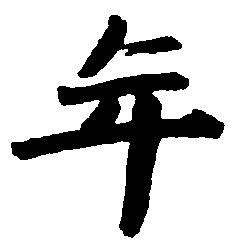
年